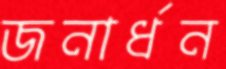
জনার্ধন